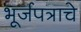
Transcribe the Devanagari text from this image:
भूर्जपत्राचे